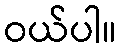
ဝယ်ပါ။